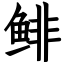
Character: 鲱